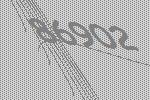
86902